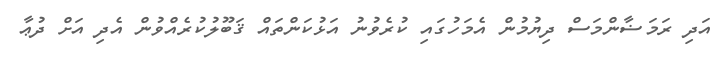
އަދި ރަމަޟާންމަސް ދިޔުމުން އެމަހުގައި ކުރެވުނު އަޅުކަންތައް ޤަބޫލުކުރެއްވުން އެދި އަށް ދުޢާ